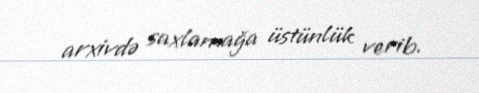
arxivdə saxlamağa üstünlük verib.